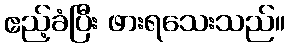
ဧည့်ခံပြီး ဖားရသေးသည်။